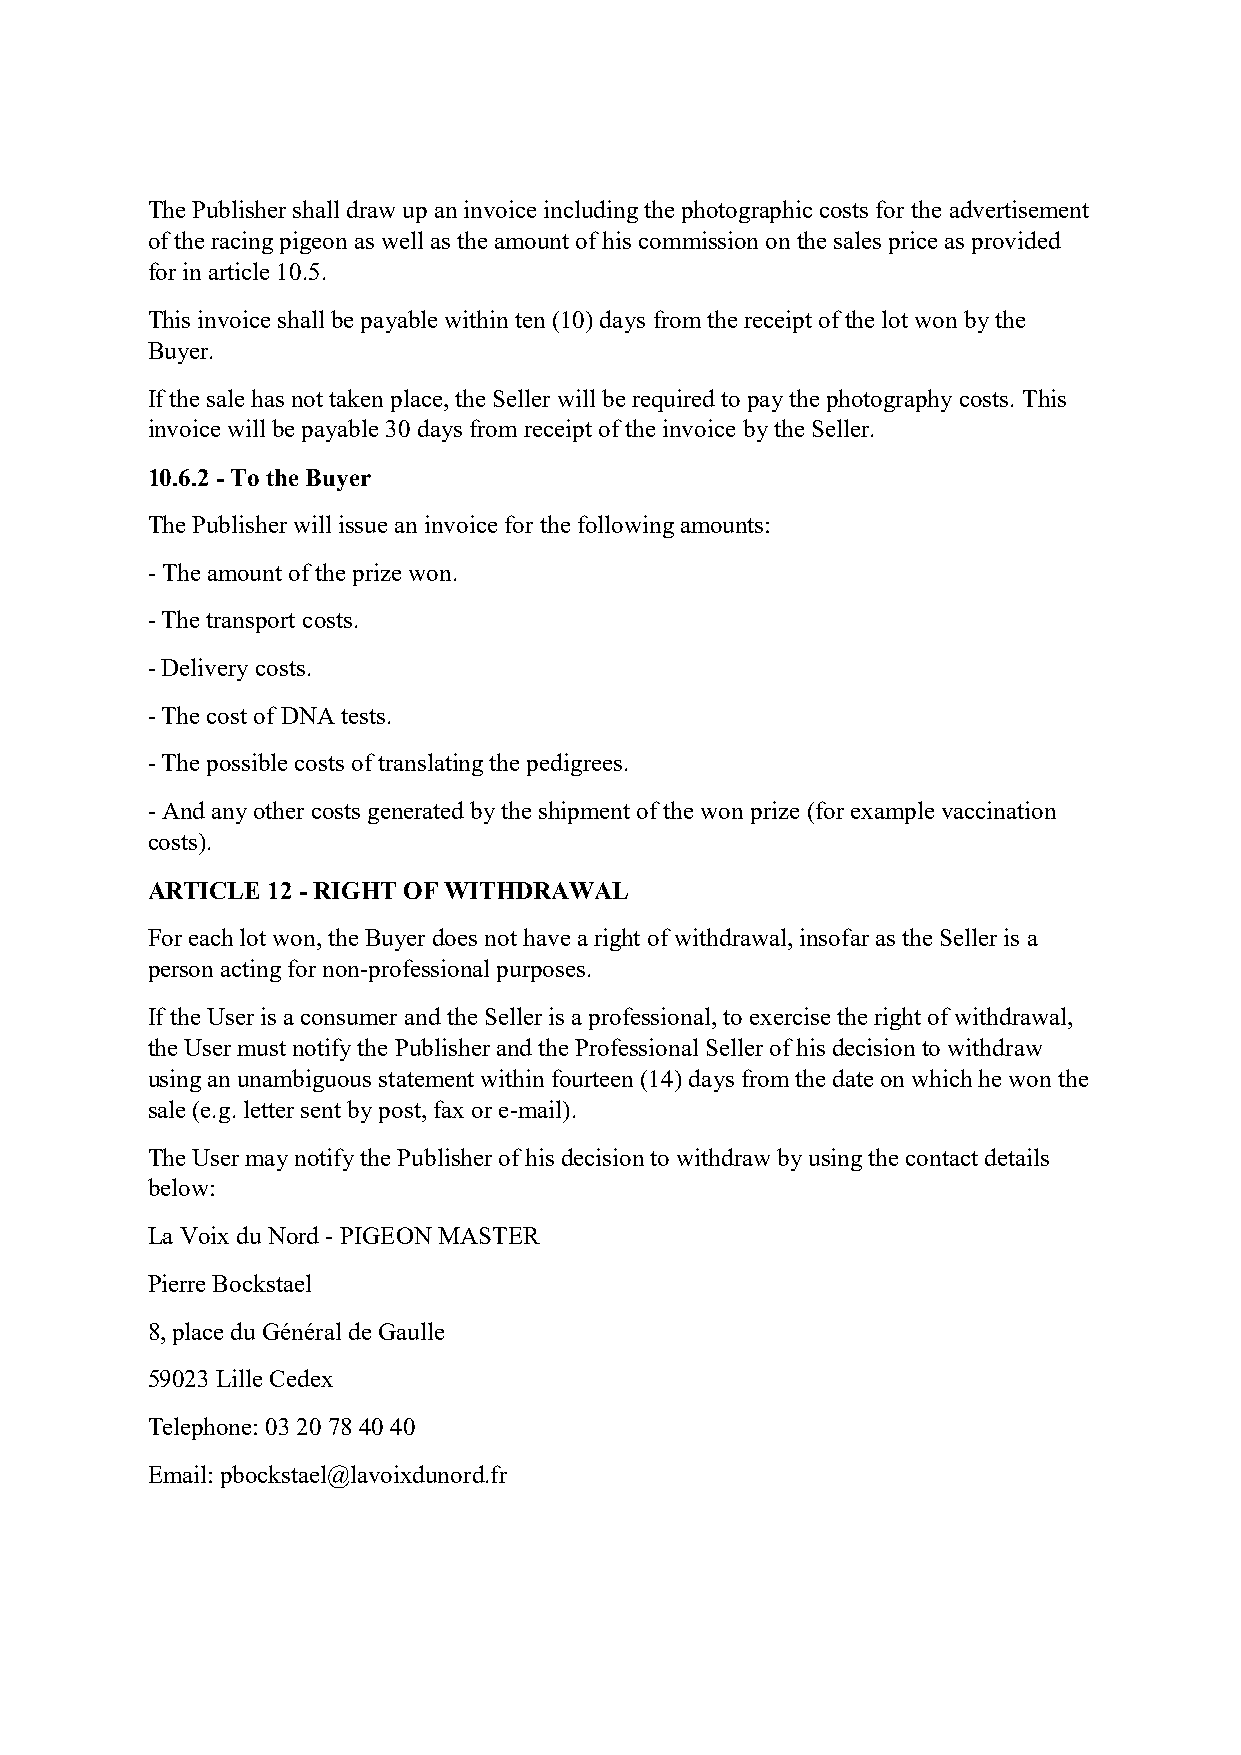
The Publisher shall draw up an invoice including the photographic costs for the advertisement
 of the racing pigeon as well as the amount of his commission on the sales price as provided
 for in article 10.5.
 This invoice shall be payable within ten (10) days from the receipt of the lot won by the
 Buyer.
 If the sale has not taken place, the Seller will be required to pay the photography costs. This
 invoice will be payable 30 days from receipt of the invoice by the Seller.
 10.6.2 - To the Buyer
 The Publisher will issue an invoice for the following amounts:
 - The amount of the prize won.
 - The transport costs.
 - Delivery costs.
 - The cost of DNA tests.
 - The possible costs of translating the pedigrees.
 - And any other costs generated by the shipment of the won prize (for example vaccination
 costs).
 ARTICLE 12 - RIGHT OF WITHDRAWAL
 For each lot won, the Buyer does not have a right of withdrawal, insofar as the Seller is a
 person acting for non-professional purposes.
 If the User is a consumer and the Seller is a professional, to exercise the right of withdrawal,
 the User must notify the Publisher and the Professional Seller of his decision to withdraw
 using an unambiguous statement within fourteen (14) days from the date on which he won the
 sale (e.g. letter sent by post, fax or e-mail).
 The User may notify the Publisher of his decision to withdraw by using the contact details
 below:
 La Voix du Nord - PIGEON MASTER
 Pierre Bockstael
 8, place du Général de Gaulle
 59023 Lille Cedex
 Telephone: 03 20 78 40 40
 Email: pbockstael@lavoixdunord.fr